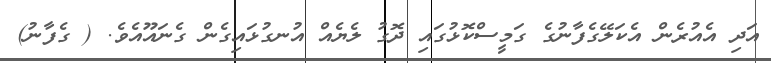
އަދި އެއުރެން އެކަލޭގެފާނުގެ ގަމީސްކޮޅުގައި ދޮގު ލެޔެއް އުނގުޅައިގެން ގެނައޫއެވެ. ( ގެފާނު)